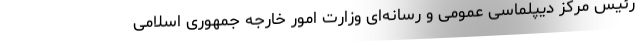
رئیس مرکز دیپلماسی عمومی و رسانه‌ای وزارت امور خارجه جمهوری اسلامی